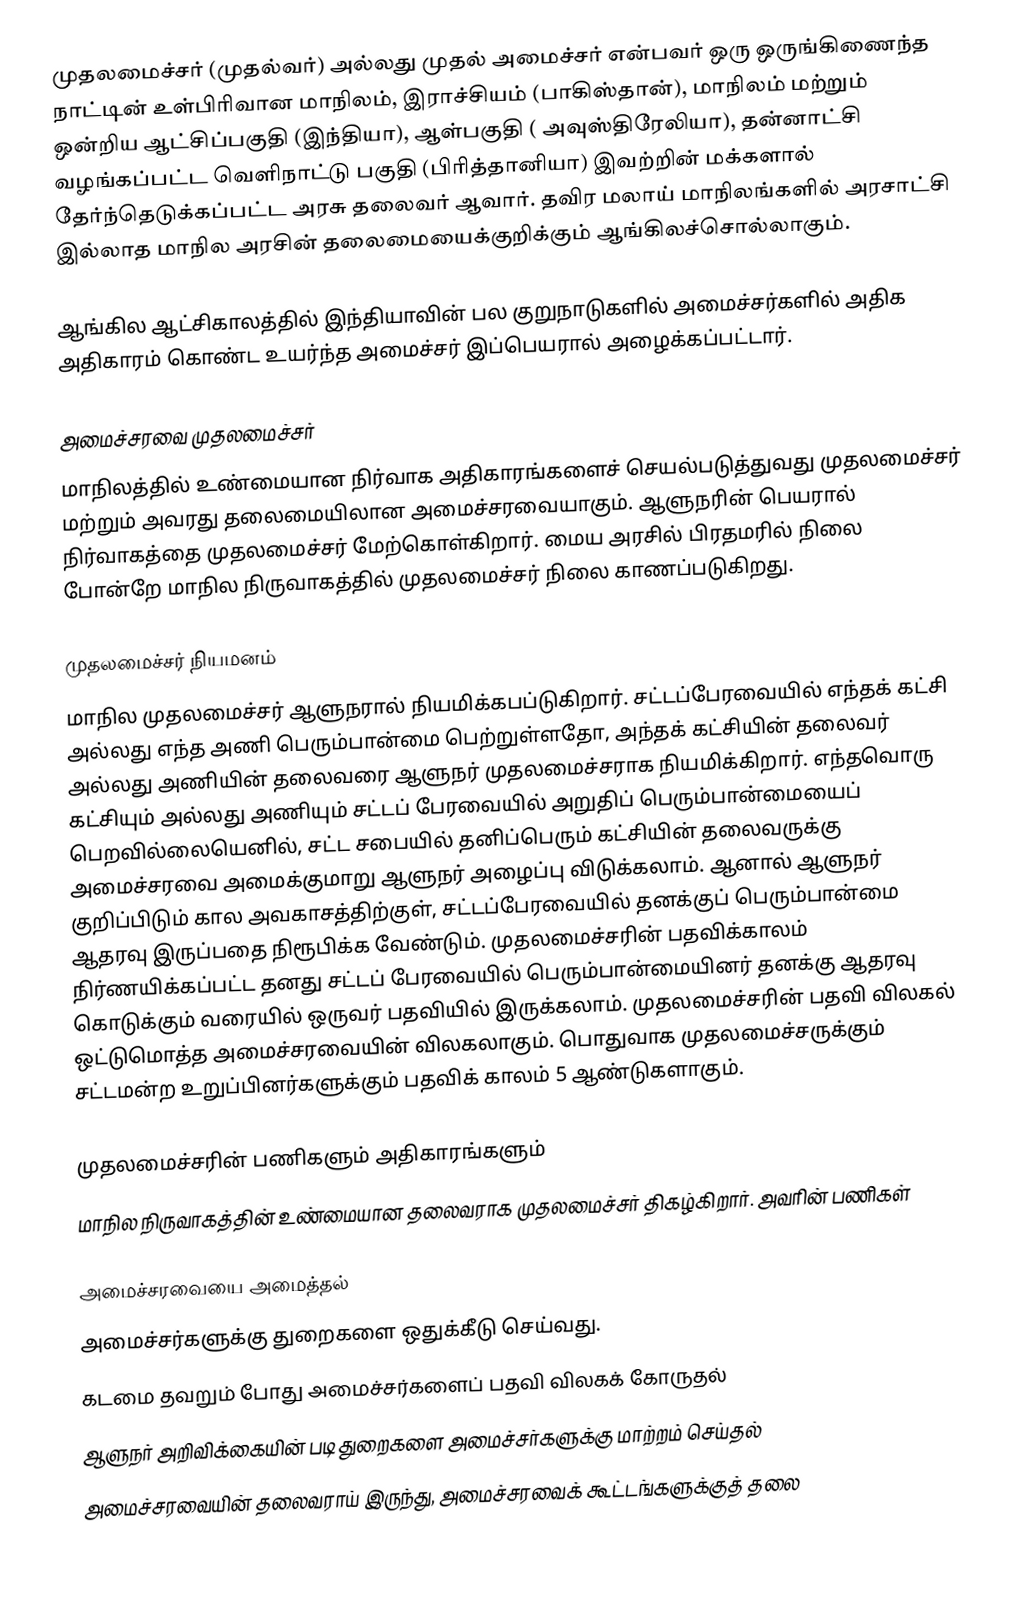
முதலமைச்சர் (முதல்வர்) அல்லது முதல் அமைச்சர் என்பவர் ஒரு ஒருங்கிணைந்த நாட்டின் உள்பிரிவான மாநிலம், இராச்சியம் (பாகிஸ்தான்), மாநிலம் மற்றும் ஒன்றிய ஆட்சிப்பகுதி (இந்தியா), ஆள்பகுதி ( அவுஸ்திரேலியா), தன்னாட்சி வழங்கப்பட்ட வெளிநாட்டு பகுதி (பிரித்தானியா) இவற்றின் மக்களால் தேர்ந்தெடுக்கப்பட்ட அரசு தலைவர் ஆவார். தவிர மலாய் மாநிலங்களில் அரசாட்சி இல்லாத மாநில அரசின் தலைமையைக்குறிக்கும் ஆங்கிலச்சொல்லாகும்.

ஆங்கில ஆட்சிகாலத்தில் இந்தியாவின் பல குறுநாடுகளில் அமைச்சர்களில் அதிக அதிகாரம் கொண்ட உயர்ந்த அமைச்சர் இப்பெயரால் அழைக்கப்பட்டார்.

அமைச்சரவை முதலமைச்சர்
மாநிலத்தில் உண்மையான நிர்வாக அதிகாரங்களைச் செயல்படுத்துவது முதலமைச்சர் மற்றும் அவரது தலைமையிலான அமைச்சரவையாகும். ஆளுநரின் பெயரால் நிர்வாகத்தை முதலமைச்சர் மேற்கொள்கிறார். மைய அரசில் பிரதமரில் நிலை போன்றே மாநில நிருவாகத்தில் முதலமைச்சர் நிலை காணப்படுகிறது.

முதலமைச்சர் நியமனம்
மாநில முதலமைச்சர் ஆளுநரால் நியமிக்கபப்டுகிறார். சட்டப்பேரவையில் எந்தக் கட்சி அல்லது எந்த அணி பெரும்பான்மை பெற்றுள்ளதோ, அந்தக் கட்சியின் தலைவர் அல்லது அணியின் தலைவரை ஆளுநர் முதலமைச்சராக நியமிக்கிறார். எந்தவொரு கட்சியும் அல்லது அணியும் சட்டப் பேரவையில் அறுதிப் பெரும்பான்மையைப்  பெறவில்லையெனில், சட்ட சபையில் தனிப்பெரும் கட்சியின் தலைவருக்கு அமைச்சரவை அமைக்குமாறு ஆளுநர் அழைப்பு விடுக்கலாம். ஆனால் ஆளுநர் குறிப்பிடும் கால அவகாசத்திற்குள், சட்டப்பேரவையில் தனக்குப் பெரும்பான்மை ஆதரவு இருப்பதை  நிரூபிக்க வேண்டும். முதலமைச்சரின் பதவிக்காலம் நிர்ணயிக்கப்பட்ட தனது சட்டப் பேரவையில் பெரும்பான்மையினர் தனக்கு ஆதரவு கொடுக்கும் வரையில் ஒருவர் பதவியில் இருக்கலாம். முதலமைச்சரின் பதவி விலகல் ஒட்டுமொத்த அமைச்சரவையின் விலகலாகும். பொதுவாக முதலமைச்சருக்கும் சட்டமன்ற உறுப்பினர்களுக்கும் பதவிக் காலம் 5 ஆண்டுகளாகும்.

முதலமைச்சரின் பணிகளும் அதிகாரங்களும்
மாநில நிருவாகத்தின் உண்மையான தலைவராக முதலமைச்சர் திகழ்கிறார். அவரின் பணிகள்

 அமைச்சரவையை அமைத்தல்
 அமைச்சர்களுக்கு துறைகளை ஒதுக்கீடு செய்வது.
 கடமை தவறும் போது அமைச்சர்களைப் பதவி விலகக் கோருதல்
 ஆளுநர் அறிவிக்கையின் படி துறைகளை அமைச்சர்களுக்கு மாற்றம் செய்தல்
 அமைச்சரவையின் தலைவராய் இருந்து, அமைச்சரவைக் கூட்டங்களுக்குத் தலை